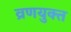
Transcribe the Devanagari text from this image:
व्रणयुक्त